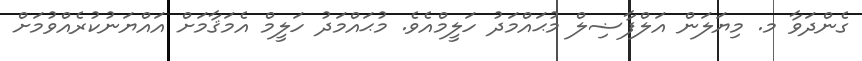
ގެންދަވާ މ. މިޔަލަން އަލްފާޟިލް މުޙައްމަދު ހަލީމްއެވެ. މުޙައްމަދު ހަލީމް އެމަޤާމަށް އައްޔަނުކުރެއްވުމަށް